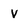
Character: v